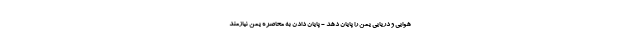
هوایی و دریایی یمن را پایان دهد - پایان دادن به محاصره یمن نیازمند